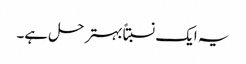
یہ ایک نسبتاًبہتر حل ہے۔